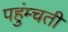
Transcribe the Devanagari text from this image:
पहुंम्चती